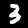
Label: 3